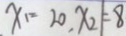
x _ { 1 } = 2 0 , x _ { 2 } \vert = 8